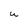
Character: U